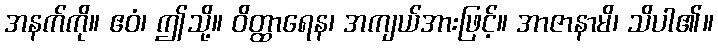
အနက်ကို။ ဧဝံ၊ ဤသို့။ ဝိတ္ထာရေန၊ အကျယ်အားဖြင့်။ အာဇာနာမိ၊ သိပါ၏။